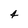
Character: 4